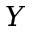
Y